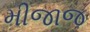
મીજાજ